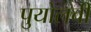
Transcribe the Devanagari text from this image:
पुयोलची